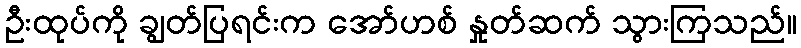
ဦးထုပ်ကို ချွတ်ပြရင်းက အော်ဟစ် နှုတ်ဆက် သွားကြသည်။